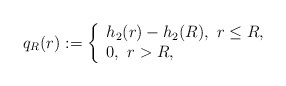
\begin{align*}q_{R}(r):=\left\{\begin{array}{ll} h_{2}(r)-h_{2}(R),\,\,r\leq R,\\ 0, \,\,r>R, \\\end{array}\right.\end{align*}